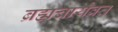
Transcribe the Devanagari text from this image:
ब्रह्मचार्यव्रत